Report of the Indian Hemp Drugs Commission, 1894-1895 - Volume I
Year: 1894
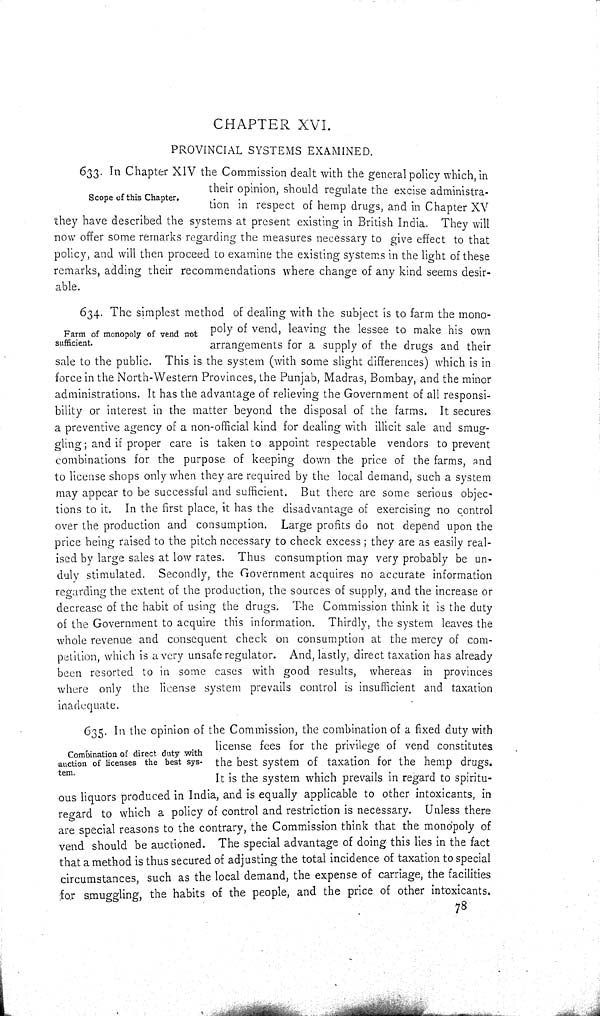
CHAPTER XVI.
PROVINCIAL SYSTEMS EXAMINED.
Scope of this Chapter.
633. In Chapter XIV the Commission dealt with the general policy which, in
their opinion, should regulate the excise administra-
tion in respect of hemp drugs, and in Chapter XV
they have described the systems at present existing in British India. They will
now offer some remarks regarding the measures necessary to give effect to that
policy, and will then proceed to examine the existing systems in the light of these
remarks, adding their recommendations where change of any kind seems desir-
able.
Farm of monopoly of vend not
sufficient.
634. The simplest method of dealing with the subject is to farm the mono-
poly of vend, leaving the lessee to make his own
arrangements for a supply of the drugs and their
sale to the public. This is the system (with some slight differences) which is in
force in the North-Western Provinces, the Punjab, Madras, Bombay, and the minor
administrations. It has the advantage of relieving the Government of all responsi-
bility or interest in the matter beyond the disposal of the farms. It secures
a preventive agency of a non-official kind for dealing with illicit sale and smug-
gling; and if proper care is taken to appoint respectable vendors to prevent
combinations for the purpose of keeping down the price of the farms, and
to license shops only when they are required by the local demand, such a system
may appear to be successful and sufficient. But there are some serious objec-
tions to it. In the first place, it has the disadvantage of exercising no control
over the production and consumption. Large profits do not depend upon the
price being raised to the pitch necessary to check excess; they are as easily real-
ised by large sales at low rates. Thus consumption may very probably be un-
duly stimulated. Secondly, the Government acquires no accurate information
regarding the extent of the production, the sources of supply, and the increase or
decrease of the habit of using the drugs. The Commission think it is the duty
of the Government to acquire this information. Thirdly, the system leaves the
whole revenue and consequent check on consumption at the mercy of com-
petition, which is a very unsafe regulator. And, lastly, direct taxation has already
been resorted to in some cases with good results, whereas in provinces
where only the license system prevails control is insufficient and taxation
inadequate.
Combination of direct duty with
auction of licenses the best sys-
tem.
635. In the opinion of the Commission, the combination of a fixed duty with
license fees for the privilege of vend constitutes
the best system of taxation for the hemp drugs.
It is the system which prevails in regard to spiritu-
ous liquors produced in India, and is equally applicable to other intoxicants, in
regard to which a policy of control and restriction is necessary. Unless there
are special reasons to the contrary, the Commission think that the monopoly of
vend should be auctioned. The special advantage of doing this lies in the fact
that a method is thus secured of adjusting the total incidence of taxation to special
circumstances, such as the local demand, the expense of carriage, the facilities
for smuggling, the habits of the people, and the price of other intoxicants.
78